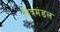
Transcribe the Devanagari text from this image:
मित्रमंडल